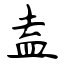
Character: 盍